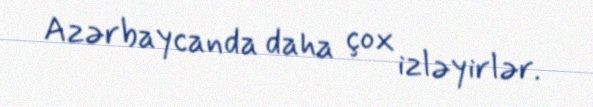
Azərbaycanda daha çox izləyirlər.